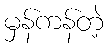
မှန်ကန်တဲ့